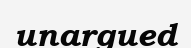
unargued